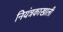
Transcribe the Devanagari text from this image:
नियंत्रकाखाली